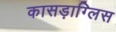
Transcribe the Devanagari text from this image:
कासड़ाग्लिस